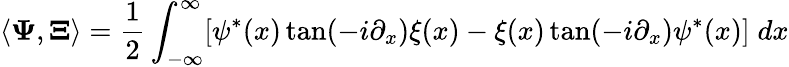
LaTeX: \langle{\mathbf\Psi},{\mathbf\Xi}\rangle=\frac 12\int_{-\infty}^{\infty}[\psi^{*}(x)\tan(-i\partial_{x})\xi(x)-\xi(x)\tan(-i\partial_{x})\psi^{*}(x)]\; dx